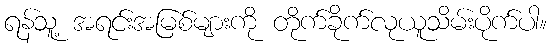
ရန်သူ့ အရင်းအမြစ်များကို တိုက်ခိုက်လုယူသိမ်းပိုက်ပါ။